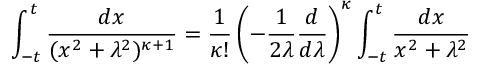
\int _ { - t } ^ { t } \frac { d x } { ( x ^ { 2 } + \lambda ^ { 2 } ) ^ { \kappa + 1 } } = \frac { 1 } { \kappa ! } \left( - \frac { 1 } { 2 \lambda } \frac { d } { d \lambda } \right) ^ { \kappa } \int _ { - t } ^ { t } \frac { d x } { x ^ { 2 } + \lambda ^ { 2 } }